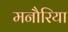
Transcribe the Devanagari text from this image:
मनौरिया